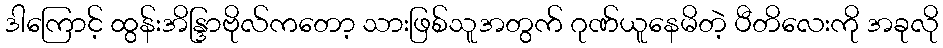
ဒါကြောင့် ထွန်းအိန္ဒြာဗိုလ်ကတော့ သားဖြစ်သူအတွက် ဂုဏ်ယူနေမိတဲ့ ပီတိလေးကို အခုလို